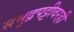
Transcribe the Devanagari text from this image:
समुद्रपट्टीवरही